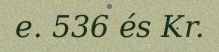
e. 536 és Kr.